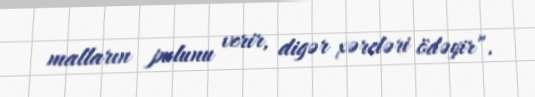
malların pulunu verir, digər xərcləri ödəyir”.